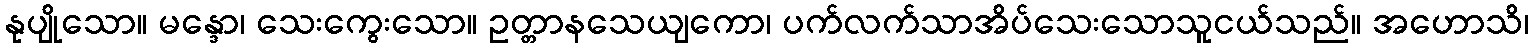
နုပျိုသော။ မန္ဒော၊ သေးကွေးသော။ ဥတ္တာနသေယျကော၊ ပက်လက်သာအိပ်သေးသောသူငယ်သည်။ အဟောသိ၊